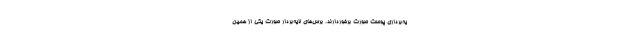
یه‌برداری پوست صورت برخوردارند. برس‌های لایه‌بردار صورت یکی از همین